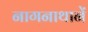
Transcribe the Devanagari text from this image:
नागनाथानें